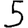
Digit: 5